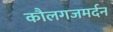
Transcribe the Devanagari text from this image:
कौलगजमर्दन